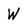
Character: W